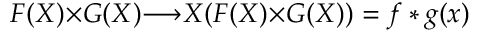
F ( X ) { \times } G ( X ) { \longrightarrow } { \cal X } ( F ( X ) { \times } G ( X ) ) = f * g ( x )